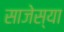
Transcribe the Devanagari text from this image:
साजेस्या